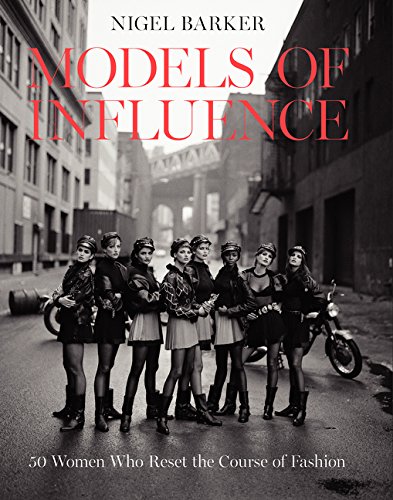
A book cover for Models of Influence: 50 Women Who Reset the Course of Fashion; Nigel Barker; Humor & Entertainment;